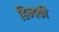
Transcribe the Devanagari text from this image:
हिन्दकी